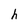
Character: h